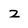
Character: z